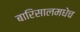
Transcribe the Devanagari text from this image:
बारिसालमधेच